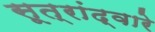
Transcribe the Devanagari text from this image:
सूत्रांद्वारे